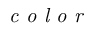
\textit { c o l o r }